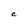
Character: C